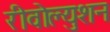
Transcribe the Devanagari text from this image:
रीवोल्युशन